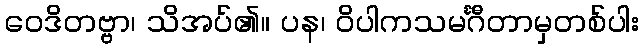
ဝေဒိတဗ္ဗာ၊ သိအပ်၏။ ပန၊ ဝိပါကသမင်္ဂီတာမှတစ်ပါး